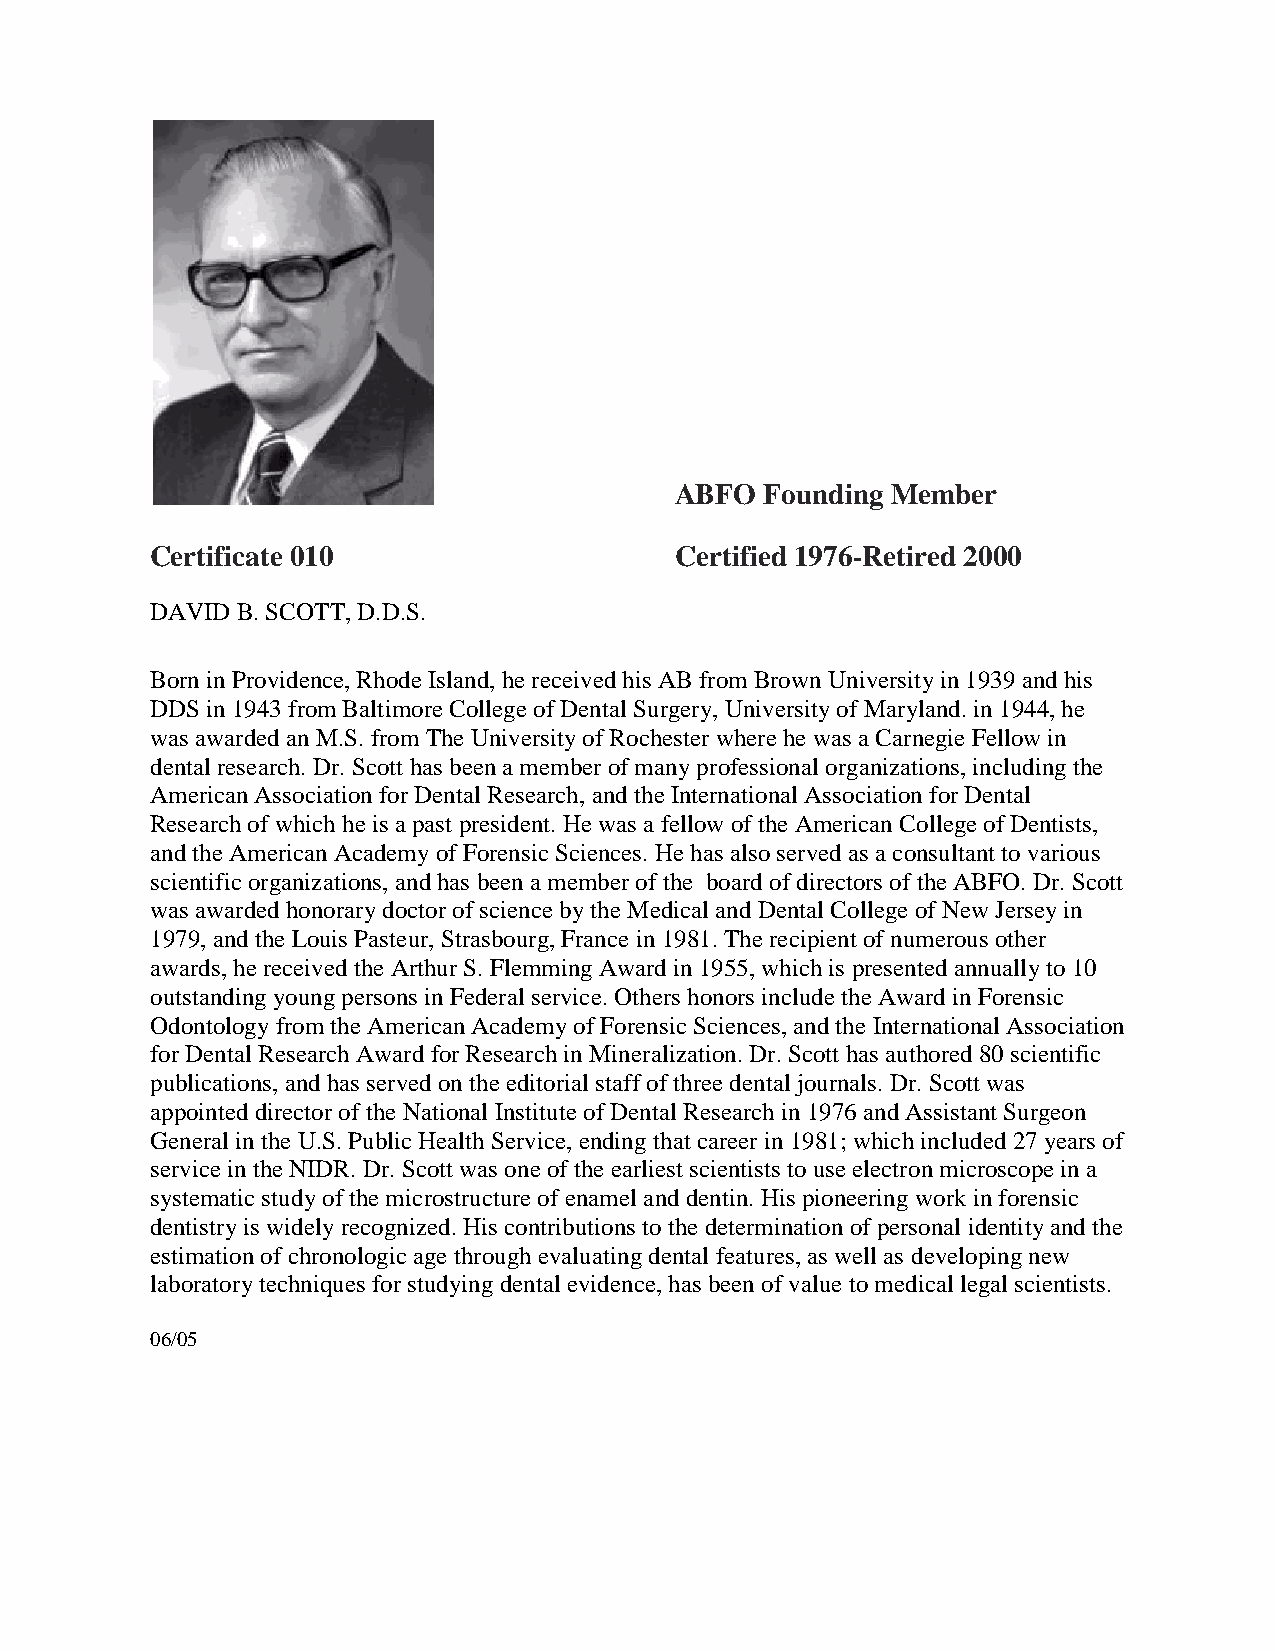
ABFO  Founding Member
 Certificate 010                    Certified 1976-Retired 2000
 DAVID B. SCOTT, D.D.S.
 Born in Providence, Rhode Island, he received his AB from Brown University in 1939 and his
 DDS in 1943 from Baltimore College of Dental Surgery, University of Maryland. in 1944, he
 was awarded an M.S. from The University of Rochester where he was a Carnegie Fellow in
 dental research. Dr. Scott has been a member of many professional organizations, including the
 American Association for Dental Research, and the International Association for Dental
 Research of which he is a past president. He was a fellow of the American College of Dentists,
 and the American Academy of Forensic Sciences. He has also served as a consultant to various
 scientific organizations, and has been a member of the board of directors of the ABFO. Dr. Scott
 was awarded honorary doctor of science by the Medical and Dental College of New Jersey in
 1979, and the Louis Pasteur, Strasbourg, France in 1981. The recipient of numerous other
 awards, he received the Arthur S. Flemming Award in 1955, which is presented annually to 10
 outstanding young persons in Federal service. Others honors include the Award in Forensic
 Odontology from the American Academy of Forensic Sciences, and the International Association
 for Dental Research Award for Research in Mineralization. Dr. Scott has authored 80 scientific
 publications, and has served on the editorial staff of three dental journals. Dr. Scott was
 appointed director of the National Institute of Dental Research in 1976 and Assistant Surgeon
 General in the U.S. Public Health Service, ending that career in 1981; which included 27 years of
 service in the NIDR. Dr. Scott was one of the earliest scientists to use electron microscope in a
 systematic study of the microstructure of enamel and dentin. His pioneering work in forensic
 dentistry is widely recognized. His contributions to the determination of personal identity and the
 estimation of chronologic age through evaluating dental features, as well as developing new
 laboratory techniques for studying dental evidence, has been of value to medical legal scientists.
 06/05